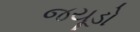
જયૂડો